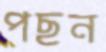
পছন